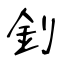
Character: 釗